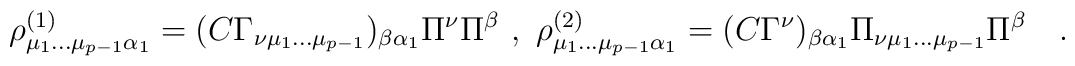
\rho^{(1)}_{\mu_1 \dots \mu_{p-1} \alpha_1}=(C \Gamma_{\nu \mu_1 \dots\mu_{p-1}})_{\beta \alpha_1} \Pi^\nu \Pi^\beta\ , \ \rho^{(2)}_{\mu_1 \dots \mu_{p-1} \alpha_1}= (C \Gamma^\nu)_{\beta\alpha_1} \Pi_{\nu \mu_1 \dots \mu_{p-1}} \Pi^\beta\quad .